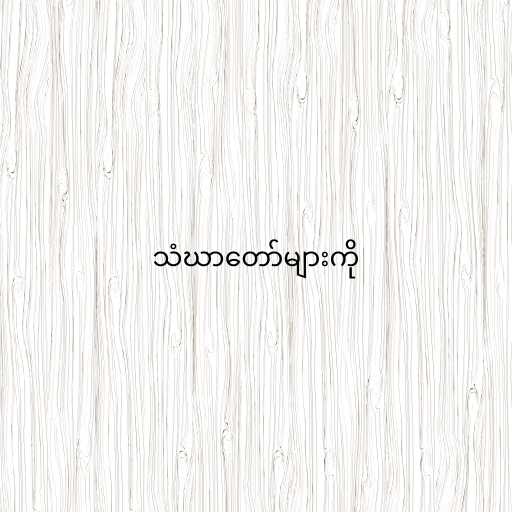
သံဃာတော်များကို